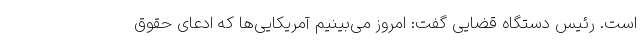
است. رئیس دستگاه قضایی گفت: امروز می‌بینیم آمریکایی‌ها که ادعای حقوق